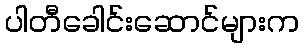
ပါတီခေါင်းဆောင်များက